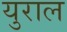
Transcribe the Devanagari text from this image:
युराल